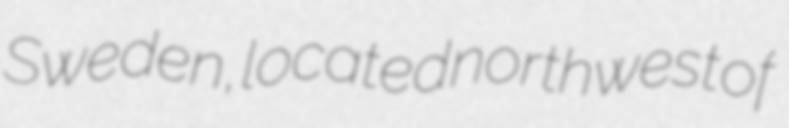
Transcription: Sweden, located northwest of